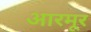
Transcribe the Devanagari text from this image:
आरमूर